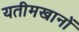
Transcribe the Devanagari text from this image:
यतीमखानों